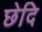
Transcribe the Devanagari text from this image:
छेदि